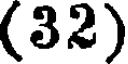
(32)